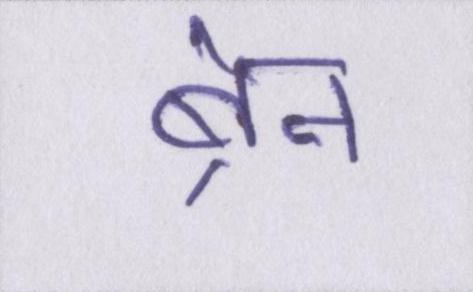
ब्रेन